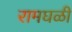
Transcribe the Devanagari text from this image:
रामघळी